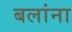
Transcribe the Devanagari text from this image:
बलांना